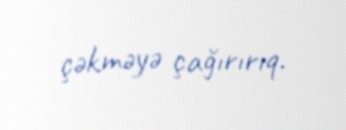
çəkməyə çağırırıq.